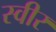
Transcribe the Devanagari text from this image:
स्वीर